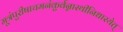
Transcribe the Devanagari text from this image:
मूत्रंपुरीषाचमनंकुर्वन्नास्थीनिधारयेत्